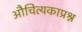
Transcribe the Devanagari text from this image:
औचित्यकाप्रश्न